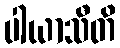
ပါယာသီတိ